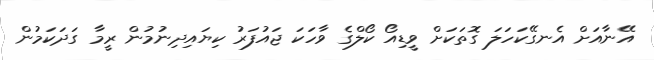
އޭނާއަށް އެނގޭކަހަލަ ގޮތަކަށް ވީޑިއޯ ކޯލްގެ ވާހަކަ ޖައުފަރު ކިޔައިދިނުމުން ރީމާ ގަދަކަމުން